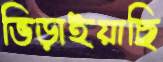
ভিড়াইয়াছি